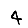
Digit: 4